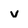
Character: v